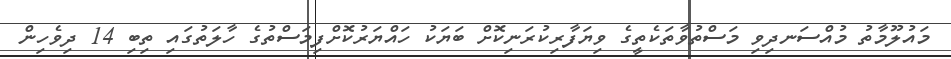
މައުލޫމާތު މުއްސަނދިވި މަސްތުވާތަކެތީގެ ވިޔަފާރިކުރަނިކޮށް ބަޔަކު ހައްޔަރުކޮށްފިމަސްތުގެ ހާލަތުގައި ތިބި 14 ދިވެހިން